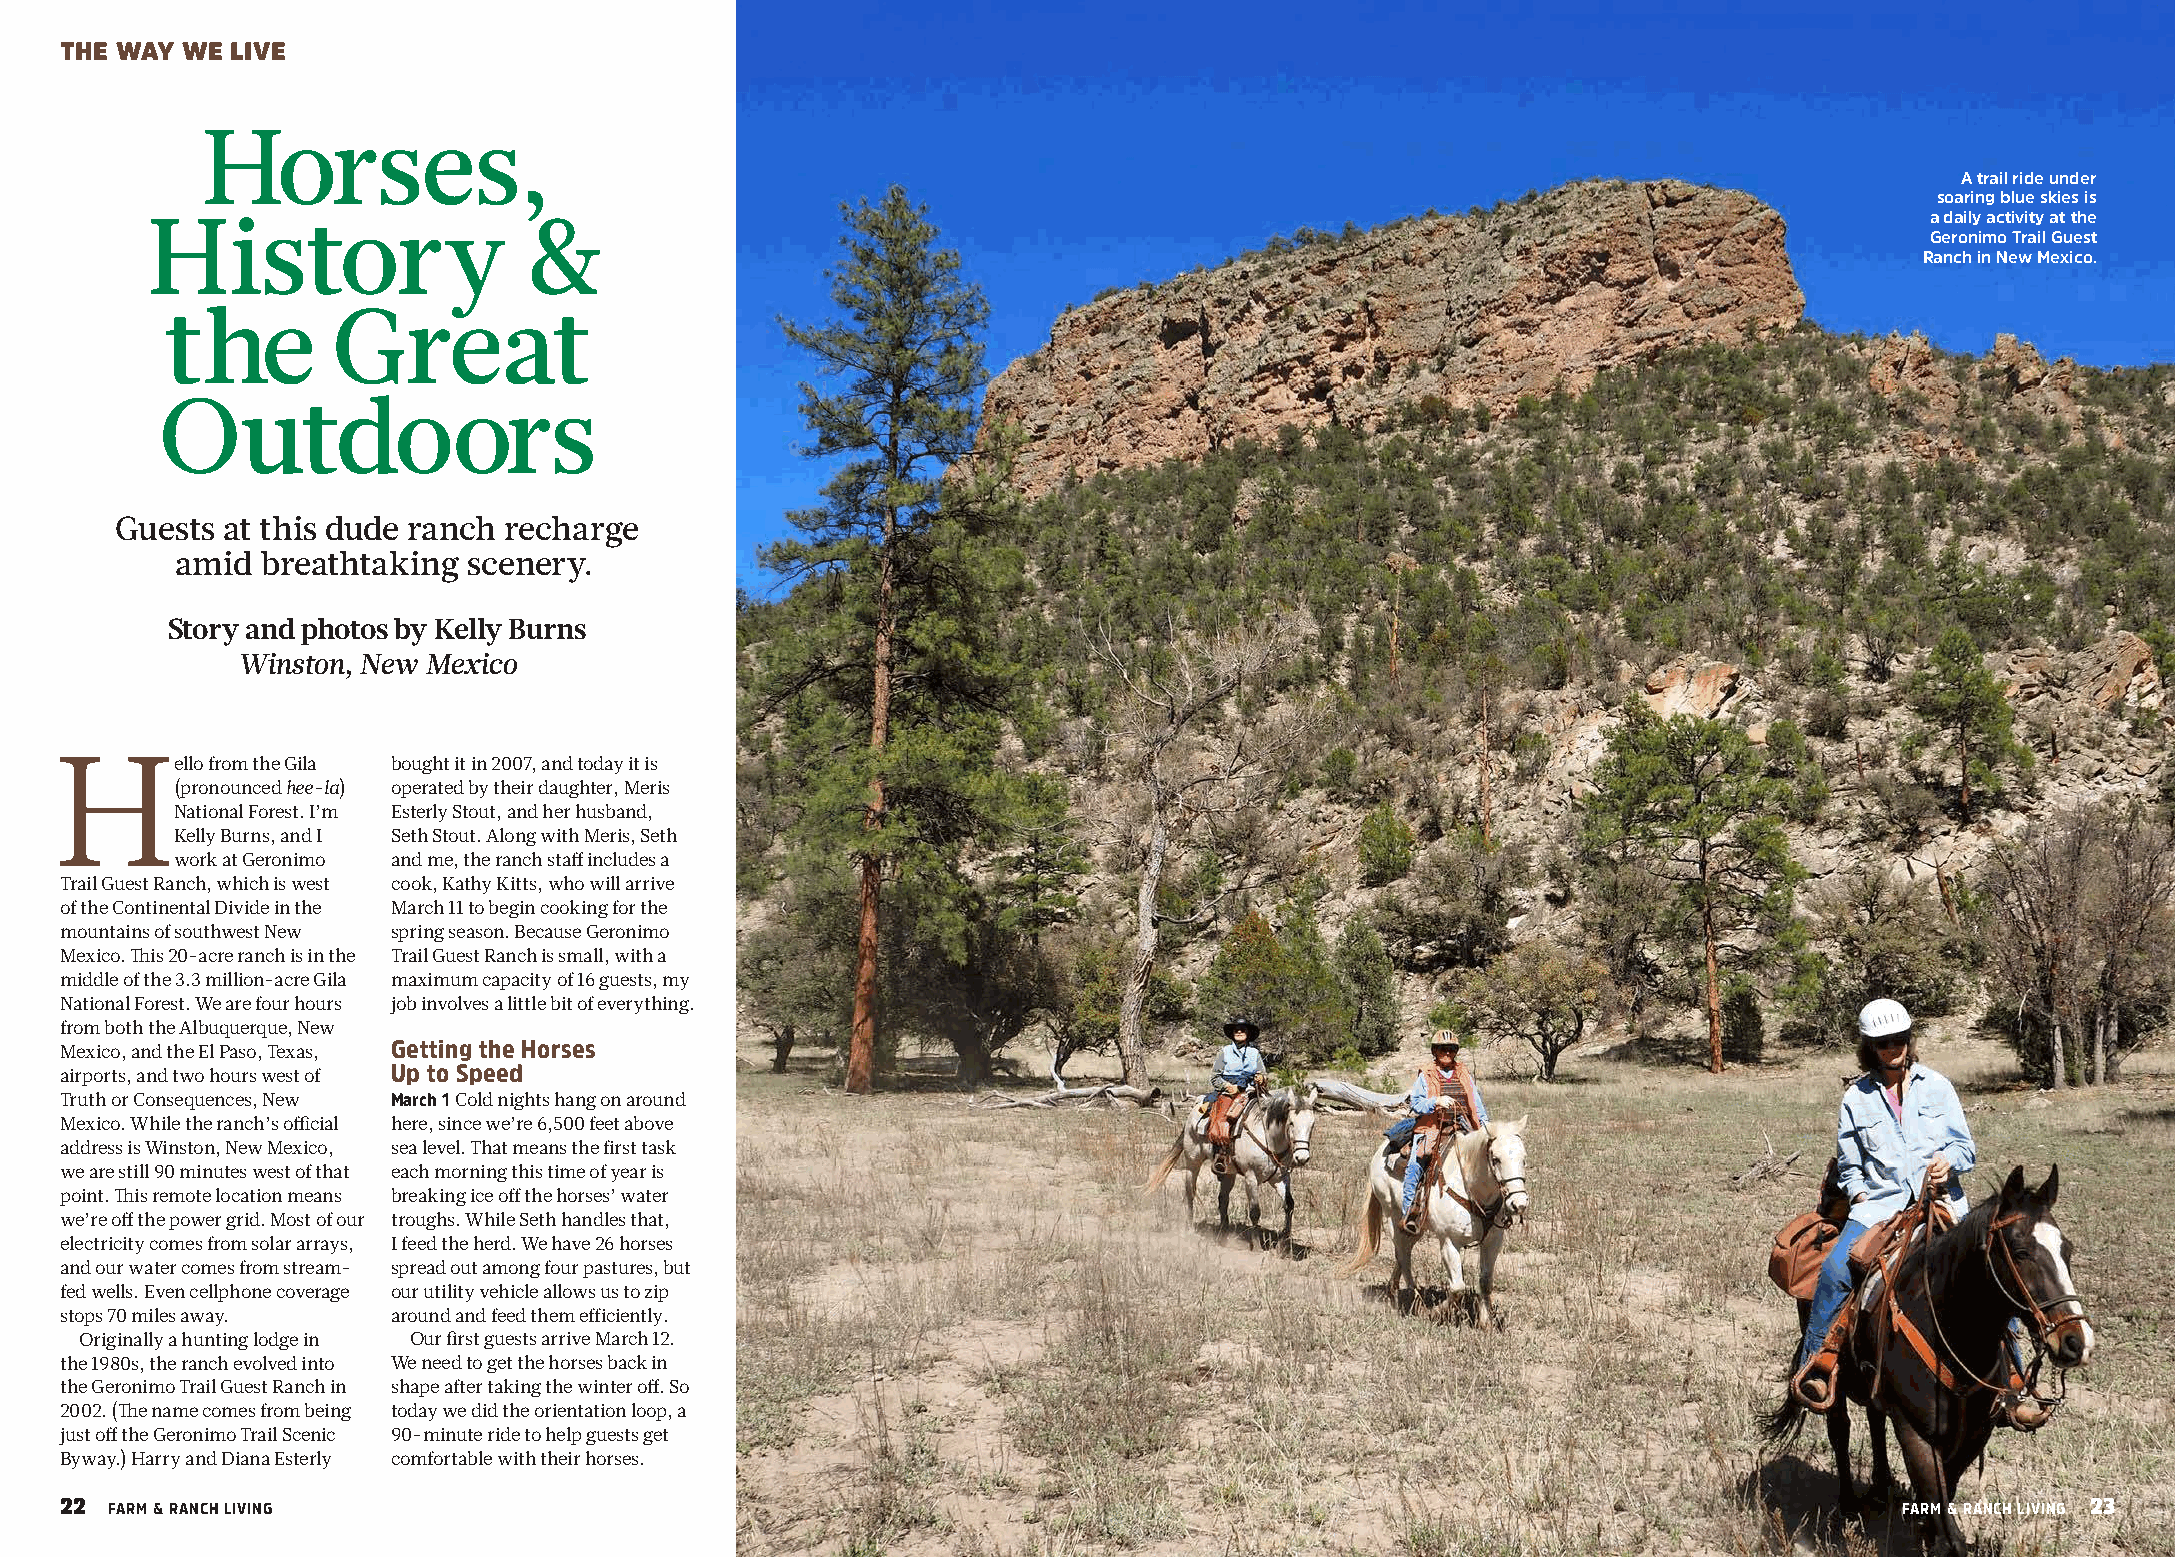
THE WAY WE LIVE
 Horses,
 A trail ride under
 soaring blue skies is
 History                  &                                                                                            a daily activity at the
 Geronimo Trail Guest
 Ranch in New Mexico.
 the        Great
 Outdoors
 Guests at this dude ranch recharge
 amid breathtaking  scenery.
 Story and photos by Kelly Burns
 Winston, New Mexico
 Hello     from the Gila bought it in 2007, and today it is
 (pronounced hee-la) operated by their daughter, Meris
 National Forest. I’m Esterly Stout, and her husband,
 Kelly Burns, and I Seth Stout. Along with Meris, Seth
 work at Geronimo and me, the ranch staff includes a
 Trail Guest Ranch, which is west cook, Kathy Kitts, who will arrive
 of the Continental Divide in the March 11 to begin cooking for the
 mountains of southwest New spring season. Because Geronimo
 Mexico. This 20-acre ranch is in the Trail Guest Ranch is small, with a
 middle of the 3.3 million-acre Gila maximum capacity of 16 guests, my
 National Forest. We are four hours job involves a little bit of everything.
 from both the Albuquerque, New
 Getting the Horses
 Mexico, and the El Paso, Texas,
 Up to Speed
 airports, and two hours west of
 Truth or Consequences, New March 1 Cold nights hang on around
 Mexico. While the ranch’s official here, since we’re 6,500 feet above
 address is Winston, New Mexico, sea level. That means the first task
 we are still 90 minutes west of that each morning this time of year is
 point. This remote location means breaking ice off the horses’ water
 we’re off the power grid. Most of our troughs. While Seth handles that,
 electricity comes from solar arrays, I feed the herd. We have 26 horses
 and our water comes from stream- spread out among four pastures, but
 fed wells. Even cellphone coverage our utility vehicle allows us to zip
 stops 70 miles away.  around and feed them efficiently.
 Originally a hunting lodge in Our first guests arrive March 12.
 the 1980s, the ranch evolved into We need to get the horses back in
 the Geronimo Trail Guest Ranch in shape after taking the winter off. So
 2002. (The name comes from being today we did the orientation loop, a
 just off the Geronimo Trail Scenic 90-minute ride to help guests get
 Byway.) Harry and Diana Esterly comfortable with their horses.
 22                                                                                                                                    23
 FARM & RANCH LIVING                                                                                                    FARM & RANCH LIVING